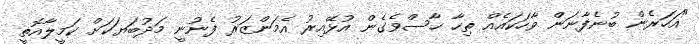
"އަހަރެން ބުނެފާނަން ވާހަކައެއް ތިހާ ހާސްވެގެން އުޅޭއިރު އެމަންޒަރު ފެނުނީ މަދުބަޔަކަށް ކަމީލާއޮތީ